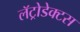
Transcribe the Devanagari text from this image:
लॅट्रोडेक्टस